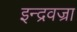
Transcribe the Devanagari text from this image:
इन्द्रवज्रा